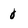
Character: 0